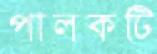
পালকটি